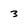
Character: 3